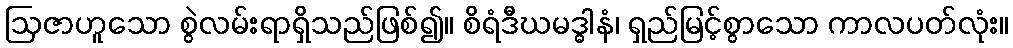
ဩဇာဟူသော စွဲလမ်းရာရှိသည်ဖြစ်၍။ စိရံဒီဃမဒ္ဓါနံ၊ ရှည်မြင့်စွာသော ကာလပတ်လုံး။